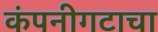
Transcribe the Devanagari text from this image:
कंपनीगटाचा